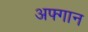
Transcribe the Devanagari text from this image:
अफ्गान